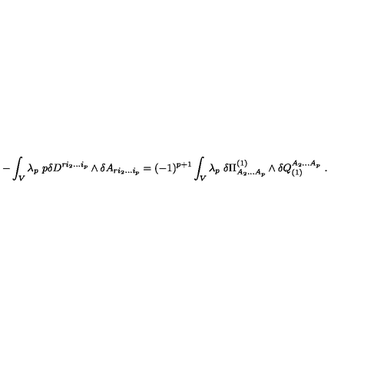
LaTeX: - \int _ { V } \lambda _ { p } \ p \delta D ^ { r i _ { 2 } . . . i _ { p } } \wedge \delta A _ { r i _ { 2 } . . . i _ { p } } = ( - 1 ) ^ { p + 1 } \int _ { V } \lambda _ { p } \ \delta \Pi _ { A _ { 2 } . . . A _ { p } } ^ { ( 1 ) } \wedge \delta Q _ { ( 1 ) } ^ { A _ { 2 } . . . A _ { p } } \ .